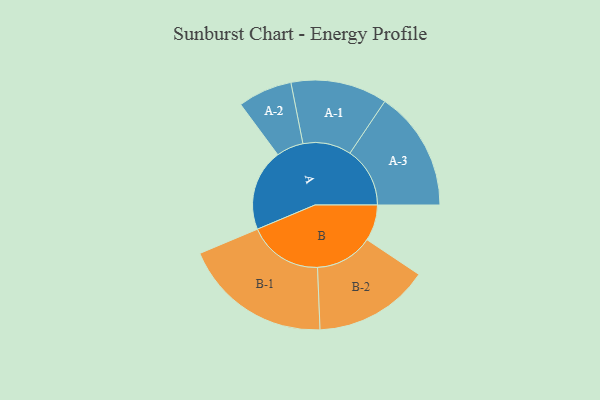
{"axis": {"x": "Segment", "y": "Value"}, "legend": ["", "A", "B"], "data": [{"x": "A", "y": 328, "type": ""}, {"x": "B", "y": 145, "type": ""}, {"x": "A-1", "y": 194, "type": "A"}, {"x": "A-2", "y": 109, "type": "A"}, {"x": "A-3", "y": 241, "type": "A"}, {"x": "B-1", "y": 299, "type": "B"}, {"x": "B-2", "y": 232, "type": "B"}]}